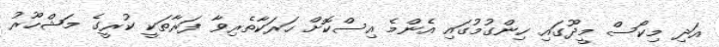
އަދި މިކޯސް މީދޫގައި ހިންގުމުގައި އެންމެ އިސްކޮށް ހަރަކާތެރިވާ ފަރާތަކީ ކުރީގެ މަޝްހޫރު